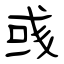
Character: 彧